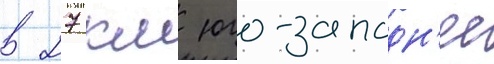
в 27 км юго-западн'ее